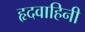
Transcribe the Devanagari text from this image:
हृदवाहिनी